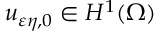
u _ { \varepsilon \eta , 0 } \in H ^ { 1 } ( \Omega )